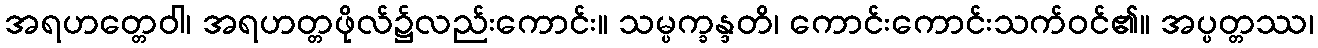
အရဟတ္တေဝါ၊ အရဟတ္တဖိုလ်၌လည်းကောင်း။ သမ္ပက္ခန္ဒတိ၊ ကောင်းကောင်းသက်ဝင်၏။ အပ္ပတ္တဿ၊